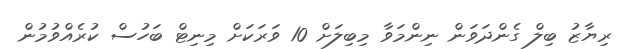
ރިޔާޒު ބިލް ގެންދަވަން ނިންމަވާ މިބިލަށް 10 ވަރަކަށް މިނިޓް ބަހުސް ކުރެއްވުމުން